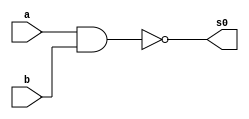
module NAND (s0, a, b);
input a,b;
output s0;

assign s0 = (~(a&b));

endmodule // NAND

module ORNAND ( s0, a, b );
input a, b;
output s0;
wire w1, w2;

NAND nand1 ( w1, a, a );
NAND nand2 ( w2, b, b );
NAND nand3 ( s0, w1, w2 );

endmodule // ORNAND

module NOTNAND ( s0, a );
input a;
output s0;

NAND nand1 ( s0, a, a );

endmodule // NOTNAND

module NORNAND ( s0, a, b );
input a, b;
output s0;
wire w1;

ORNAND ornand1 ( w1, a, b );
NOTNAND notnand2 ( s0, w1 );
 
endmodule //NORNAND 
// ---------------------
// -- test NORNAND
// ---------------------

module testNORNAND;

reg a,b;
wire sai0;

 NORNAND nornand1 ( sai0, a,b );
 initial begin  
 	   $display("Guia 02 - Ex04 - Tabela verdade NOR usando NAND");
      $display("Test NORNAND");
      $display("\na  b  = saida\n");
      a=0; b=0;
      $monitor("%b %b = %b", a, b, sai0);
  #1  b=1;
  #1	a=1; b=0;
  #1	b=1;
  		
end 
endmodule // testNORNAND